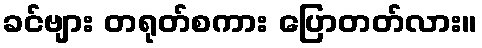
ခင်ဗျား တရုတ်စကား ပြောတတ်လား။